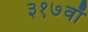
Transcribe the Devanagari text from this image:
३१७वाँ